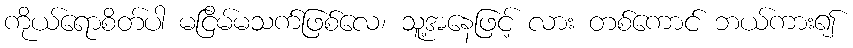
ကိုယ်ရောစိတ်ပါ မငြိမ်မသက်ဖြစ်လေ၊ သူ့အနေဖြင့် လား တစ်ကောင် ဘယ်ကား၍